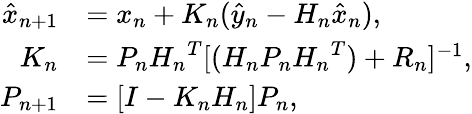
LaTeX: \begin{array}{rl}{\hat{x}_{n+1}}&{=x_{n}+K_{n}(\hat{y}_{n}-H_{n}\hat{x}_{n}),}\\ {K_{n}}&{=P_{n}{H_{n}}^{T}[(H_{n}P_{n}{H_{n}}^{T})+R_{n}]^{-1},}\\ {P_{n+1}}&{=[I-K_{n}H_{n}]P_{n},}\end{array}